Sanitation, dispensaries and jails vaccination Rajputana 1922-1927 - 1922-1927
Year: 1922
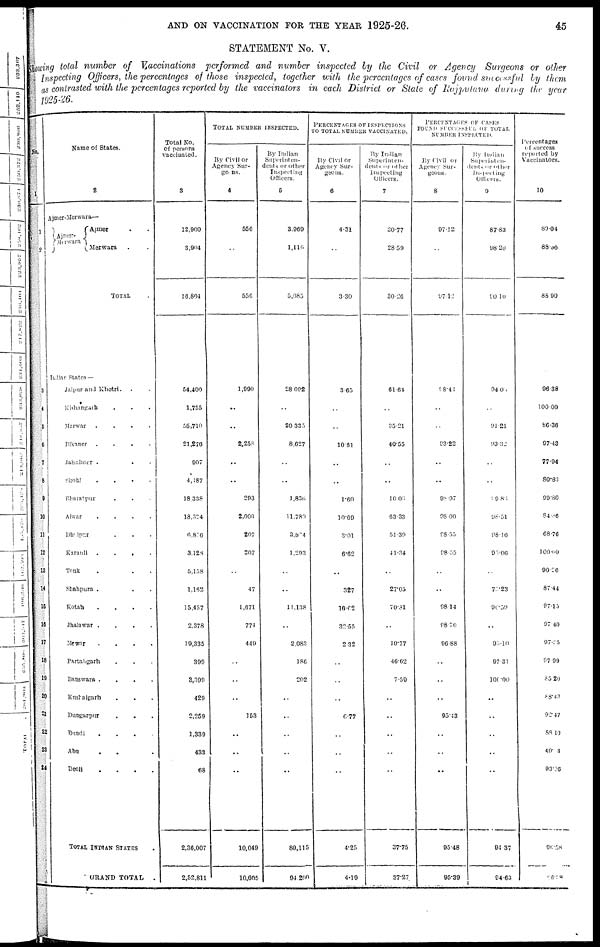
AND ON VACCINATION FOR THE YEAR 1925-26.
45
STATEMENT No. V.
Showing total number of Vaccinations performed and number inspected by the Civil or Agency Surgeons or other
Inspecting Officers, the percentages of those inspected, together with the percentages of cases found successful by them
as contrasted with the percentages reported by the vaccinators in each District or State of Rajputana during the year
1925-26.
No.
1
2
3
4
5
6
7
8
9
10
11
12
13
14
15
16
17
18
19
20
21
22
23
24
Name of States.
2
Ajmer-Merwara—
Ajmer-
Merwara
Ajmer . .
Merwara . .
TOTAL
Indi an
States—
Jaipur and Khetri.
Kishangarh . . .
Marwar
.
.
.
.
Bikaner
.
.
.
.
Jaisalmer . . .
Sirohi
.
.
.
.
Bharatpur . . .
Alwar
.
.
.
.
Dholpur . . . .
Karauli
.
.
.
.
Tonk . . .
Shahpura . . .
Kotah
.
.
.
.
Jhalawar .
.
.
.
Mewar
.
.
.
.
Partabgarh . . .
Banswara .
.
.
.
Kushalgarh . . .
Dungarpur . . . .
Bundi
.
.
.
Abu . . .
Deoli
....
TOTAL INDIAN STATES
GRAND TOTAL
.
Total No.
of persons
vaccinated.
3
12,900
3,904
16,804
54,400
1,755
56,710
21,276
907
4,187
18,338
13,324
6,876
3,128
5,158
1,162
15,457
2,378
19,335
399
3,399
429
2,259
1,339
433
68
2,36,007
2,52,811
TOTAL NUMBER ISNPECTED.
By Civil or
Agency Sur-
geons.
4
556
..
556
1,990
..
..
2,258
..
..
293
2,000
207
207
..
47
1,671
774
440
. . .
..
..
153
..
..
..
10,049
10,605
By Indian
Superinten-
dents or other
Inspecting
Officers.
5
3,969
1,116
5,085
28,092
..
20,335
8,627
..
..
1,836
11,780
3,584
1,293
..
..
11,138
..
2,083
186
202
..
..
..
..
..
80,115
94,200
PERCENTAGES OF INSPECTIONS
TO TOTAL NUMBER VACCINATED.
By Civil or
Agency Sur-
geons.
6
4.31
..
3.30
3.65
..
..
10.61
..
..
1.60
10.69
3.01
6.62
..
327
10.62
32.55
2.32
..
..
..
6.77
..
..
..
4.25
4.19
By Indian
Superinten-
dents or other
Inspecting
Officers.
7
30.77
28.59
30.26
61.64
..
35.21
40.55
..
..
10.03
63.33
51.39
41.34
..
27.05
70.31
..
10.77
46.62
7.59
..
..
..
..
..
37.75
37.27
PERCENTAGES OF CASES
FOUND SUCCESSFUL OF TOTAL
NUMBER INSPECTED.
By Civil or
Agency Sur-
geons.
8
97.12
..
97.12
98.41
..
..
93.22
..
..
98.97
98.00
98.55
98.35
..
..
98.14
98.70
96.88
..
..
..
95.43
..
..
..
95.48
95.39
By Indian
Superinten¬
dents or other
Inspecting
Officers.
9
87.83
98.20
90.10
94.00
..
91.21
93.32
..
..
99.83
98.51
98.16
95.06
..
75.23
96.59
..
95.10
97.31
100.00
..
..
..
..
..
94.37
94.63
Percentages
of success
reported by
Vaccinators.
10
89.04
88.86
88.90
96.38
100.00
86.36
97.43
77.94
80.83
99.80
84.86
68.76
100.00
90.26
87.44
97.15
97.40
97.55
97.99
85.20
88.43
92.47
88.10
40.03
93.56
96.58
96.38